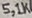
Text: 5,1K